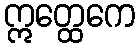
ဣတ္ထေကေ